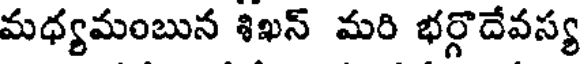
మధ్యమంబున శిఖన్ మరి భర్గొదేవస్య